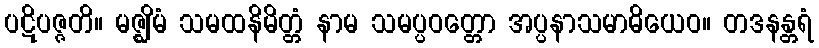
ပဋိပဇ္ဇတိ။ မဇ္ဈိမံ သမထနိမိတ္တံ နာမ သမပ္ပဝတ္တော အပ္ပနာသမာဓိယေဝ။ တဒနန္တရံ